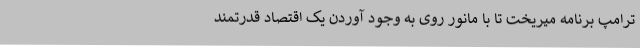
ترامپ برنامه میریخت تا با مانور روی به وجود آوردن یک اقتصاد قدرتمند